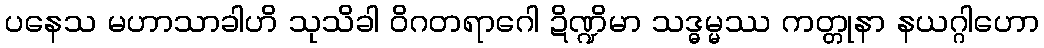
ပနေသ မဟာသာခါဟိ သုသိခါ ဝိဂတရာဂေါ ဍိဏ္ဍိမာ သဒ္ဓမ္မဿ ကတ္တုနာ နယဂ္ဂါဟော